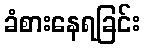
ခံစားနေရခြင်း